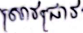
 ស្រាវជ្រាវ